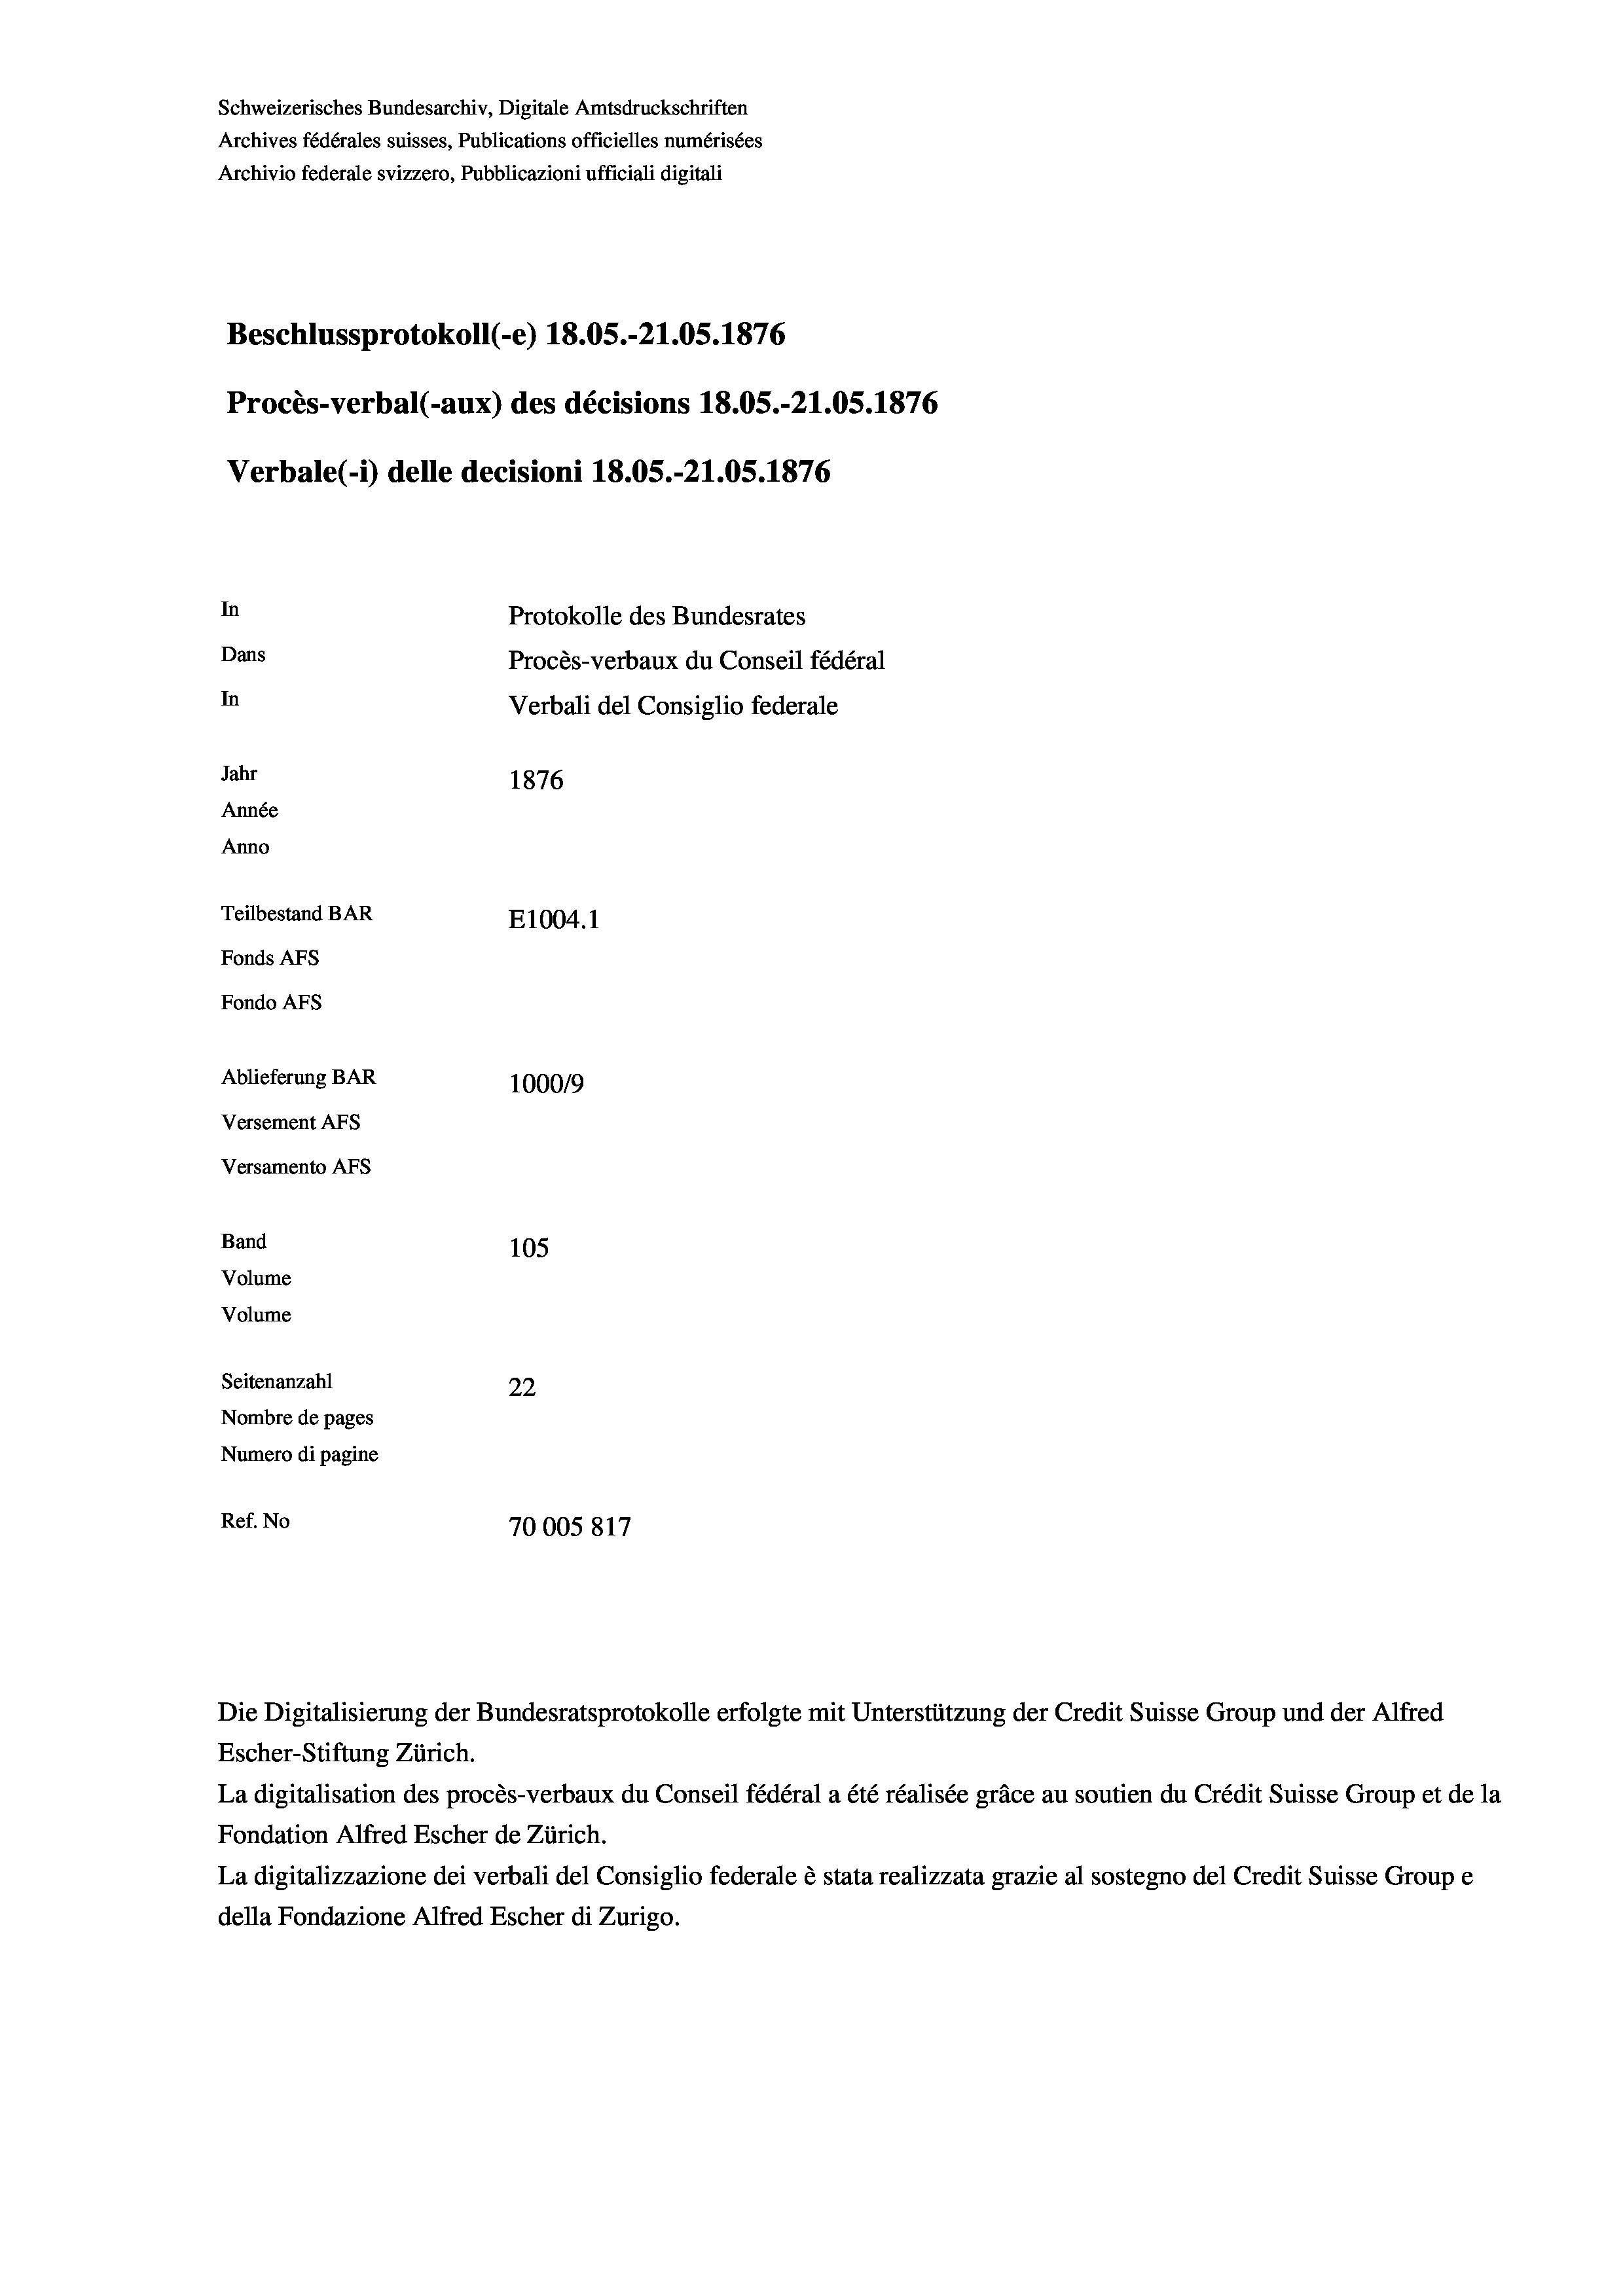
Schweizerisches Bundesarchiv, Digitale Amtsdruckschriften
Archives fédérales suisses, Publications officielles numérisées
Archivio federale svizzero, Pubblicazioni ufficiali digitali
Beschlussprotokoll (-e) 18.05.-21.05. 1876
Procès-verbal (-aux) des décisions 18.05.-21.05. 1876
Verbale(-*) delle decisioni 18.05.-21.05. 1876
In
Protokolle des Bundesrates
Dans
Procès-verbaux du Conseil fédéral
In
Verbali del Consiglio federale
Jahr
1876
Année
Anno
Teilbestand BAR
E1004.1
Fonds AFs
Fondo Afs
Ablieferung BAR
100019
Versement AFs
Versamento Afs
Band
105
Volume
Volume
Seitenanzahl
22
Nombre de pages
Numero di pagine
Ref. No
70005817

Escher-Stiftung Zürich.
La digitalisation des procès-verbaux du Conseil fédéral a été réalisée gräce au soutien du Crédit Suisse Group et de la
Fondation Alfred Escher de Zürich.
La digitalizzazione dei verbali del Consiglio federale è stata realizzata grazie al sostegno del Credit Suisse Groupe
della Fondazione Alfred Escher di Zurigo.

Die Digitalisierung der Bundesratsprotokolle erfolgte mit Unterstützung der Credit Suisse Group und der Alfred